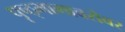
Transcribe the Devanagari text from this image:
पृष्ठ्भागाबरोबर